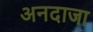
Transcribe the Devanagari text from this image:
अनदाजा